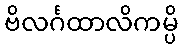
ဗိလင်္ဂထာလိကမ္ပိ